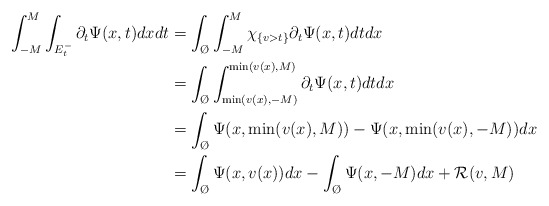
\begin{align*}\int_{-M}^M\int_{E_t^-} \partial_t \Psi(x,t)dx dt&=\int_{\O}\int_{-M}^M\chi_{\{v>t\}}\partial_t \Psi(x,t)dtdx\\&=\int_{\O}\int_{\min(v(x),-M)}^{\min(v(x),M)}\partial_t{\Psi}(x,t)dtdx\\&=\int_{\O}\Psi(x,\min(v(x),M))-\Psi(x,\min(v(x),-M))dx\\&=\int_{\O}\Psi(x,v(x))dx-\int_{\O}\Psi(x,-M)dx+\mathcal{R}(v,M)\end{align*}